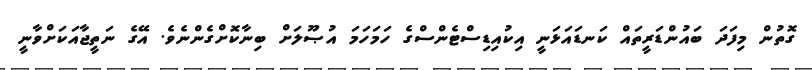
ގޮތުން މިފަދަ ބައުންޑަރީތައް ކަނޑައަޅަނީ އިކުއިޑިސްޓެންސްގެ ހަމަހަމަ އުޞޫލަށް ބިނާކޮށްގެންނެވެ. އޭގެ ނަތީޖާއަކަށްވާނީ